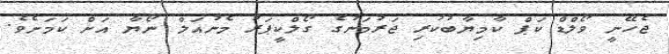
ޖެހޭނީ ވޯލްޑް ކަޕް ކާމިޔާބުކުރި ޖަރުމަނުގެ ގޯލްކީޕަރު މެނުއަލް ނޯޔާ އަށް ކަމަށެވެ.